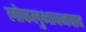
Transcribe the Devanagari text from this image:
लोकलुभावनवाद